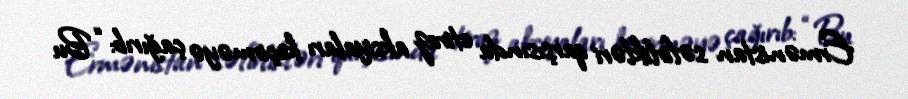
Ermənistan səfirlikləri qarşısında etiraz aksiyaları keçirməyə çağırıb: “Bu